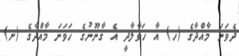
ދެވަނަ މާއްދާގެ (ހ) އާ ހަވާލާދީ އެ ގާނޫނުގެ ހަވަނަ މާއްދާގެ (ށ)